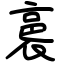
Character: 裛